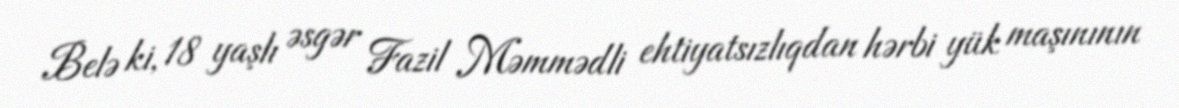
Belə ki, 18 yaşlı əsgər Fazil Məmmədli ehtiyatsızlıqdan hərbi yük maşınının